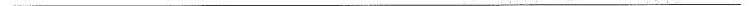
___